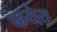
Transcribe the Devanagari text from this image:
फयेत